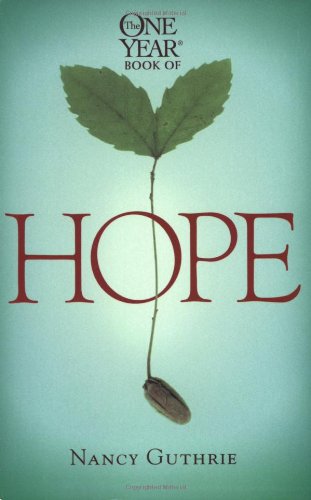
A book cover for The One Year Book of Hope (One Year Books); Nancy Guthrie; Christian Books & Bibles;